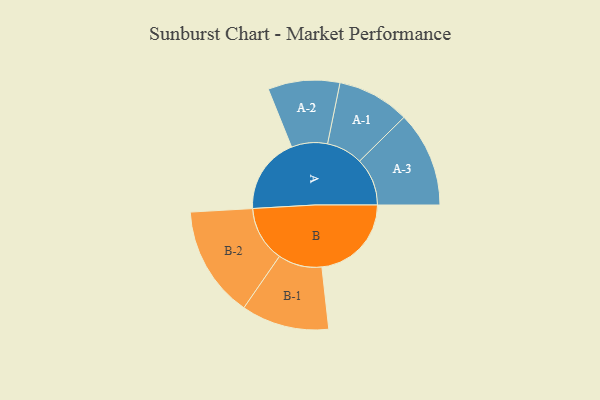
{"axis": {"x": "Segment", "y": "Value"}, "legend": ["", "A", "B"], "data": [{"x": "A", "y": 219, "type": ""}, {"x": "B", "y": 257, "type": ""}, {"x": "A-1", "y": 104, "type": "A"}, {"x": "A-2", "y": 103, "type": "A"}, {"x": "A-3", "y": 137, "type": "A"}, {"x": "B-1", "y": 126, "type": "B"}, {"x": "B-2", "y": 160, "type": "B"}]}